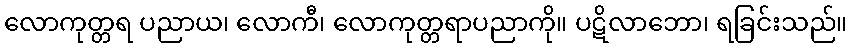
လောကုတ္တရ ပညာယ၊ လောကီ၊ လောကုတ္တရာပညာကို။ ပဋိလာဘော၊ ရခြင်းသည်။